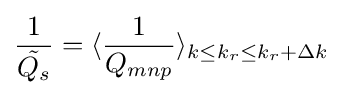
{\frac {1}{\tilde {Q_{s}}}}=\langle {\frac {1}{Q_{mnp}}}\rangle _{k\leq k_{r}\leq k_{r}+\Delta k}